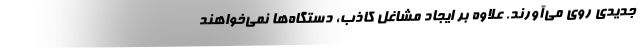
جدیدی روی می‌آورند. علاوه بر ایجاد مشاغل کاذب، دستگاه‌ها نمی‌خواهند